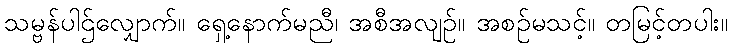
သမ္ဗန်ပါဌ်လျှောက်။ ရှေ့နောက်မညီ၊ အစီအလျဉ်။ အစဉ်မသင့်။ တမြင့်တပါး။